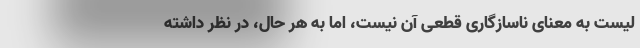
لیست به معنای ناسازگاری قطعی آن نیست، اما به هر حال، در نظر داشته